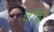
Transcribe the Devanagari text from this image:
चाँदे